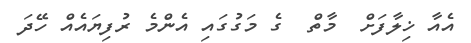
އެއާ ޚިލާފަށް  މާތް  ގެ މަގުގައި އެންމެ ރުފިޔައެއް ހޭދަ